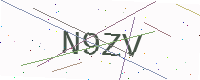
Text: N9ZV